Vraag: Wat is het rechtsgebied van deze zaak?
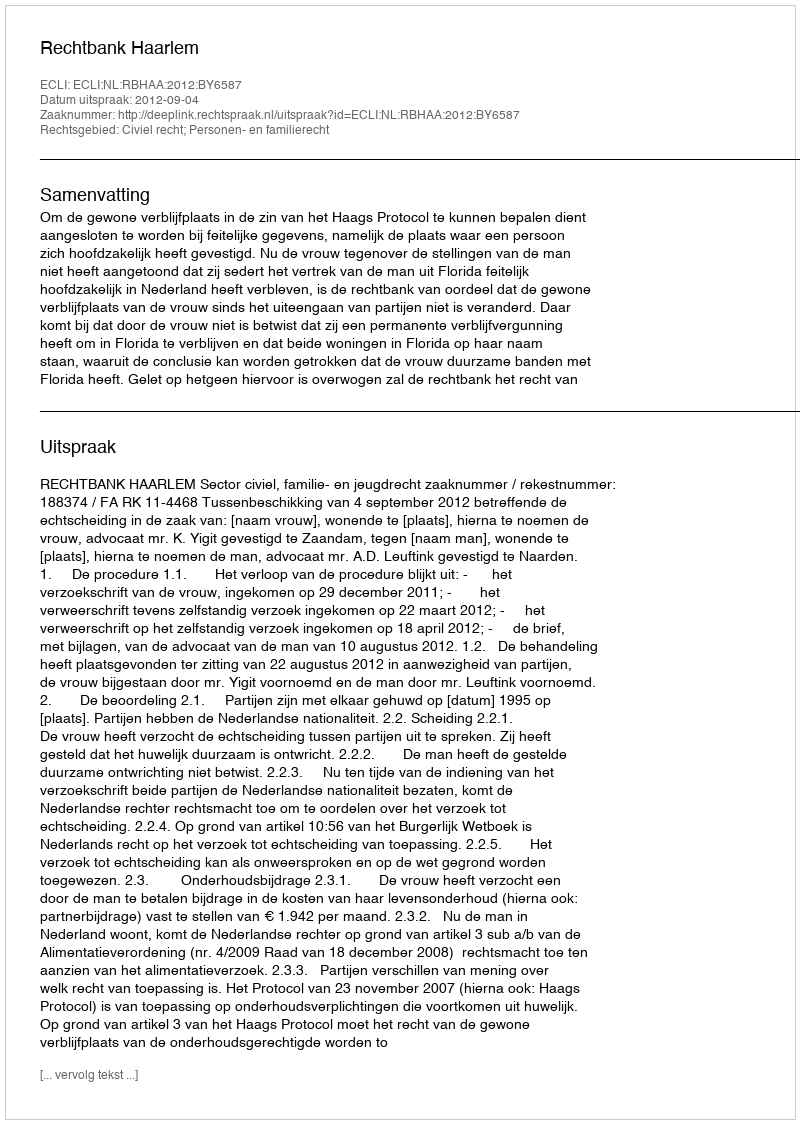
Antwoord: Civiel recht; Personen- en familierecht